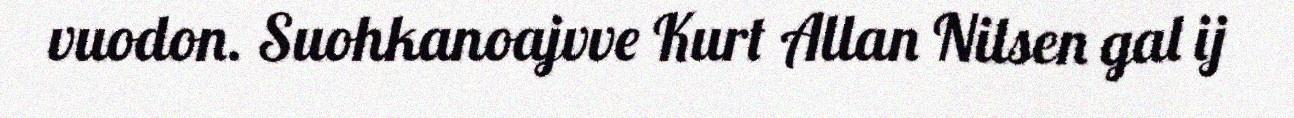
vuodon. Suohkanoajvve Kurt Allan Nilsen gal ij